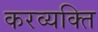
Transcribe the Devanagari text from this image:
करव्यक्ति